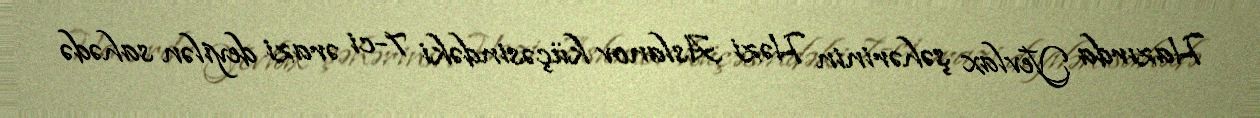
Hazırda Yevlax şəhərinin Həzi Aslanov küçəsindəki 7-ci ərazi deyilən sahədə